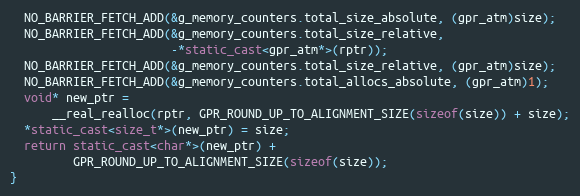
Language: C++
  NO_BARRIER_FETCH_ADD(&g_memory_counters.total_size_absolute, (gpr_atm)size);
  NO_BARRIER_FETCH_ADD(&g_memory_counters.total_size_relative,
                       -*static_cast<gpr_atm*>(rptr));
  NO_BARRIER_FETCH_ADD(&g_memory_counters.total_size_relative, (gpr_atm)size);
  NO_BARRIER_FETCH_ADD(&g_memory_counters.total_allocs_absolute, (gpr_atm)1);
  void* new_ptr =
      __real_realloc(rptr, GPR_ROUND_UP_TO_ALIGNMENT_SIZE(sizeof(size)) + size);
  *static_cast<size_t*>(new_ptr) = size;
  return static_cast<char*>(new_ptr) +
         GPR_ROUND_UP_TO_ALIGNMENT_SIZE(sizeof(size));
}